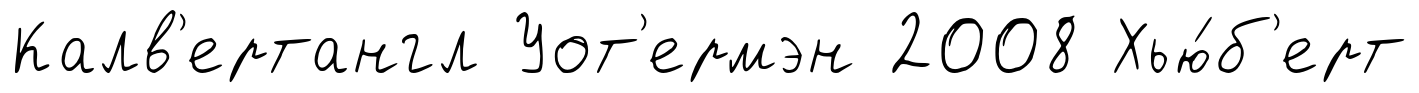
Калв'ертангл Уот'ермэн 2008 Хью́б'ерт